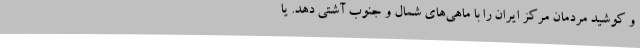
و کوشید مردمان مرکز ایران را با ماهی‌های شمال و جنوب آشتی دهد. یا